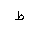
Letter: _da